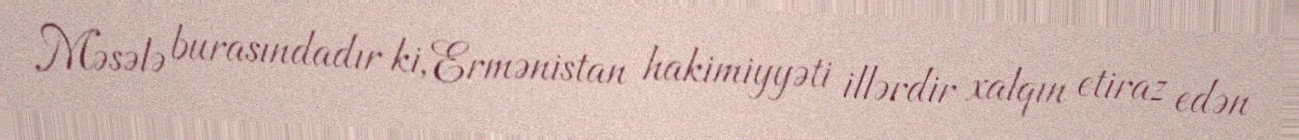
Məsələ burasındadır ki, Ermənistan hakimiyyəti illərdir xalqın etiraz edən